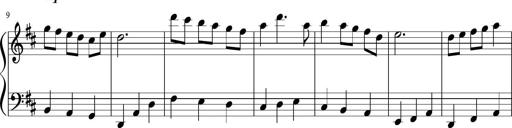
Title: Sonatine Nr.1 in C-Dur
Composer: DÃ©sirÃ©e Manns
Key: C major